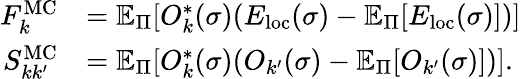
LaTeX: \begin{array}{rl}{F_{k}^{\mathrm{MC}}}&{=\mathbb{E}_{\Pi}[O_{k}^{*}(\sigma)(E_{\mathrm{loc}}(\sigma)-\mathbb{E}_{\Pi}[E_{\mathrm{loc}}(\sigma)])]}\\ {S_{kk^{\prime}}^{\mathrm{MC}}}&{=\mathbb{E}_{\Pi}[O_{k}^{*}(\sigma)(O_{k^{\prime}}(\sigma)-\mathbb{E}_{\Pi}[O_{k^{\prime}}(\sigma)])].}\end{array}